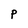
Character: P